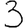
Digit: 3